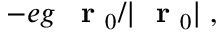
- e g \, \mathrm { ~ \bf ~ r ~ } _ { 0 } / | \mathrm { ~ \bf ~ r ~ } _ { 0 } | \; ,